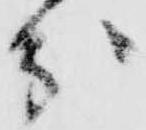
分